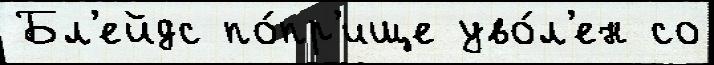
Бл'ейдс по́пр'ище уво́л'ен со